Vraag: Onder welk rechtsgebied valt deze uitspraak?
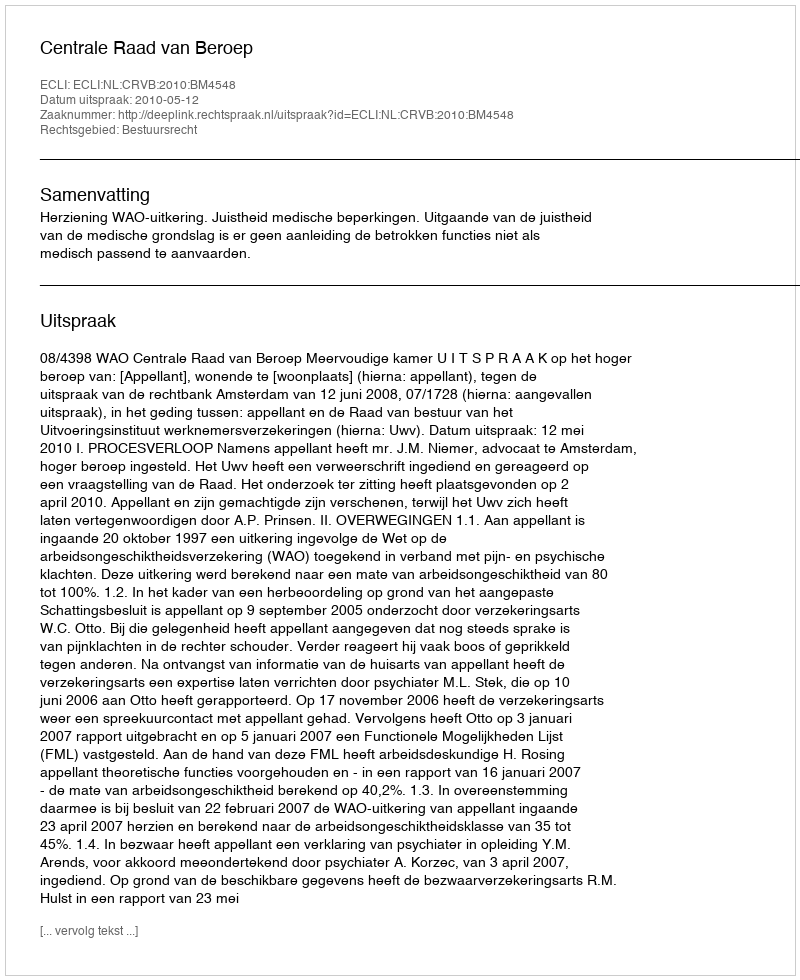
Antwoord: Bestuursrecht